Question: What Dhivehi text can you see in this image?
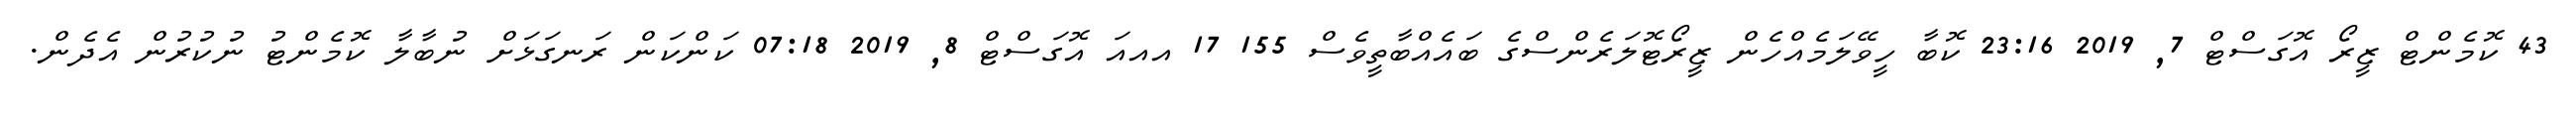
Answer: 43 ކޮމެންޓް ޒީރޯ އޮގަސްޓް 7, 2019 23:16 ކޮބާ ހީވޭލަމެއްހެން ޒީރޯޓޮލަރެންސްގެ ބައެއްބާތީވެސް 155 17 އއއަ އޮގަސްޓް 8, 2019 07:18 ކަންކަން ރަނގަޅަށް ނުބާލާ ކޮމެންޓު ނުކުރުން އެދެން.